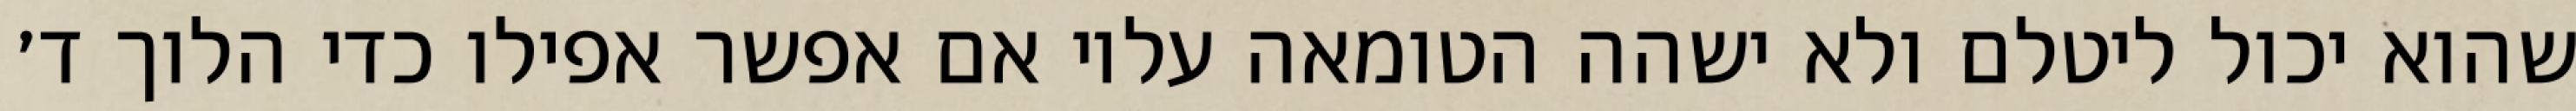
שהוא יכול ליטלם ולא ישהה הטומאה עליו אם אפשר אפילו כדי הלוך ד׳